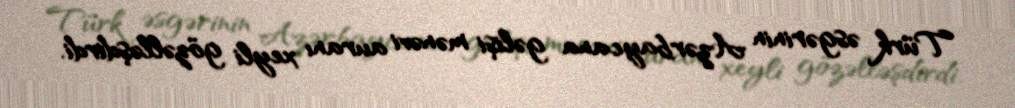
Türk əsgərinin Azərbaycana gəlişi mənəvi auranı xeyli gözəlləşdirdi.